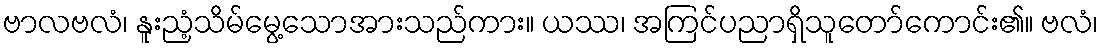
ဗာလဗလံ၊ နူးညံ့သိမ်မွေ့သောအားသည်ကား။ ယဿ၊ အကြင်ပညာရှိသူတော်ကောင်း၏။ ဗလံ၊